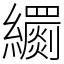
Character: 𦇧